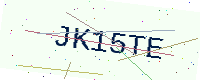
Text: JK15TE